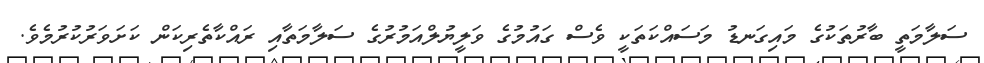
ސަލާމަތީ ބާރުތަކުގެ މައިގަނޑު މަސައްކަތަކީ ވެސް ގައުމުގެ ވަލީޔުލްއަމުރުގެ ސަލާމަތާއި ރައްކާތެރިކަން ކަށަވަރުކުރުމެވެ.